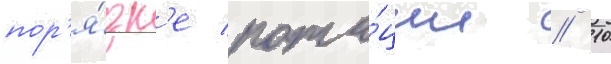
пор'я́дк'е рота́ции // 10